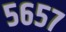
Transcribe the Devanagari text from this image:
५६५७